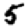
Digit: 5